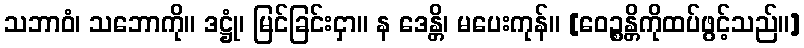
သဘာဝံ၊ သဘောကို။ ဒဋ္ဌုံ၊ မြင်ခြင်းငှာ။ န ဒေန္တိ၊ မပေးကုန်။ [ဝေဉ္စန္တိကိုထပ်ဖွင့်သည်။]